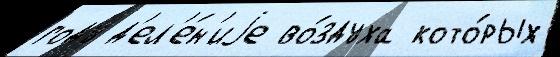
году д'ел'е́н'иjе во́здуха кото́рых